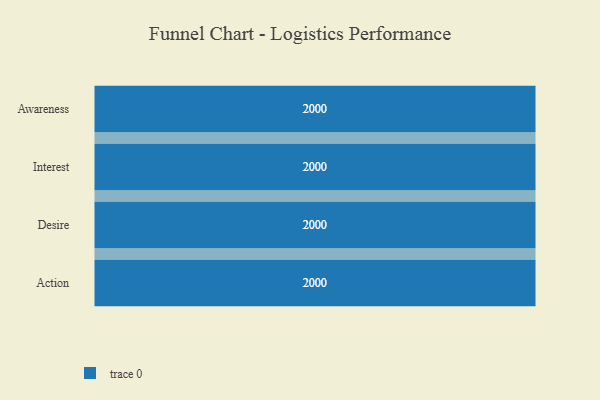
{"axis": {"x": "Stage", "y": "Value"}, "legend": [""], "data": [{"x": "Awareness", "y": 2000, "type": ""}, {"x": "Interest", "y": 2000, "type": ""}, {"x": "Desire", "y": 2000, "type": ""}, {"x": "Action", "y": 2000, "type": ""}]}